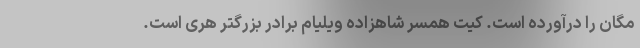
مگان را درآورده است. کیت همسر شاهزاده ویلیام برادر بزرگتر هری است.